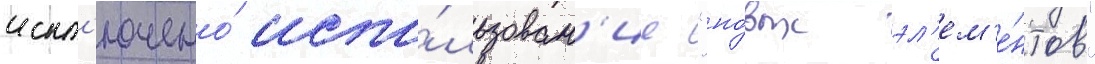
искл'ючено́ испо́льзован'ие "но́вых эл'ем'е́нтов"